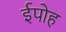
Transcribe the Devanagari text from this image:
ईपोह